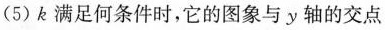
(5)k满足何条件时，它的图象与y轴的交点